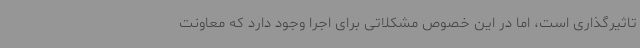
تاثیرگذاری است، اما در این خصوص مشکلاتی برای اجرا وجود دارد که معاونت